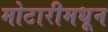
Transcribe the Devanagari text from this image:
मोटारीमधून